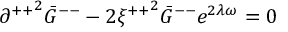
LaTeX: { \partial ^ { + + } } ^ { 2 } { \bar { G } } ^ { -- } - 2 { \xi ^ { + + } } ^ { 2 } { \bar { G } } ^ { -- } e ^ { 2 \lambda \omega } = 0 \,